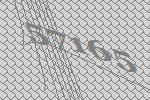
57165